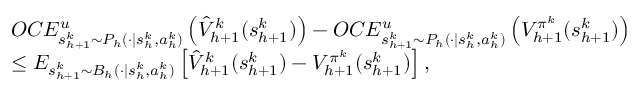
\begin{array} { r l } & { O C E _ { s _ { h + 1 } ^ { k } \sim P _ { h } ( \cdot \vert s _ { h } ^ { k } , a _ { h } ^ { k } ) } ^ { u } \left( \hat { V } _ { h + 1 } ^ { k } ( s _ { h + 1 } ^ { k } ) \right) - O C E _ { s _ { h + 1 } ^ { k } \sim P _ { h } ( \cdot \vert s _ { h } ^ { k } , a _ { h } ^ { k } ) } ^ { u } \left( V _ { h + 1 } ^ { \pi ^ { k } } ( s _ { h + 1 } ^ { k } ) \right) } \\ & { \leq E _ { s _ { h + 1 } ^ { k } \sim B _ { h } ( \cdot \vert s _ { h } ^ { k } , a _ { h } ^ { k } ) } \left[ \hat { V } _ { h + 1 } ^ { k } ( s _ { h + 1 } ^ { k } ) - V _ { h + 1 } ^ { \pi ^ { k } } ( s _ { h + 1 } ^ { k } ) \right] , } \end{array}